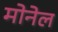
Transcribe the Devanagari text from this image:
मोनेल